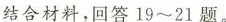
结合材料，回答19~21题。